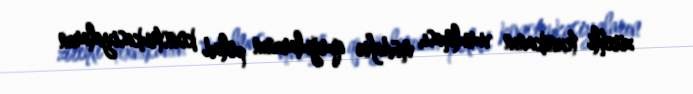
zirehli texnikanın vurulması, müdafiə qurğularının polad konstrukasiyaların